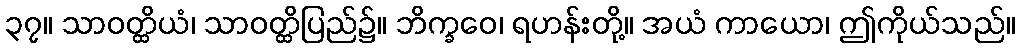
၃၇။ သာဝတ္ထိယံ၊ သာဝတ္ထိပြည်၌။ ဘိက္ခဝေ၊ ရဟန်းတို့။ အယံ ကာယော၊ ဤကိုယ်သည်။